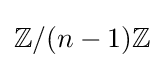
\mathbb {Z} /(n-1)\mathbb {Z}